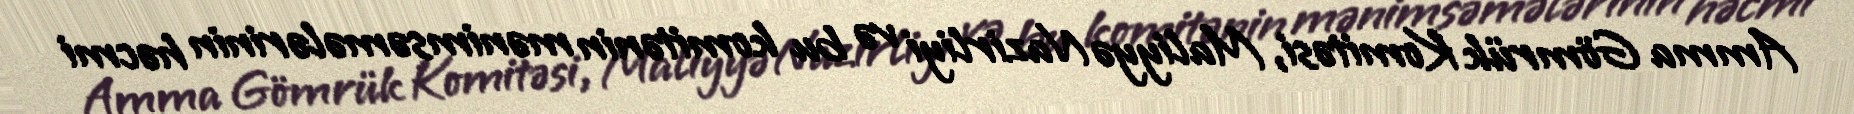
Amma Gömrük Komitəsi, Maliyyə Nazirliyi və bu komitənin mənimsəmələrinin həcmi